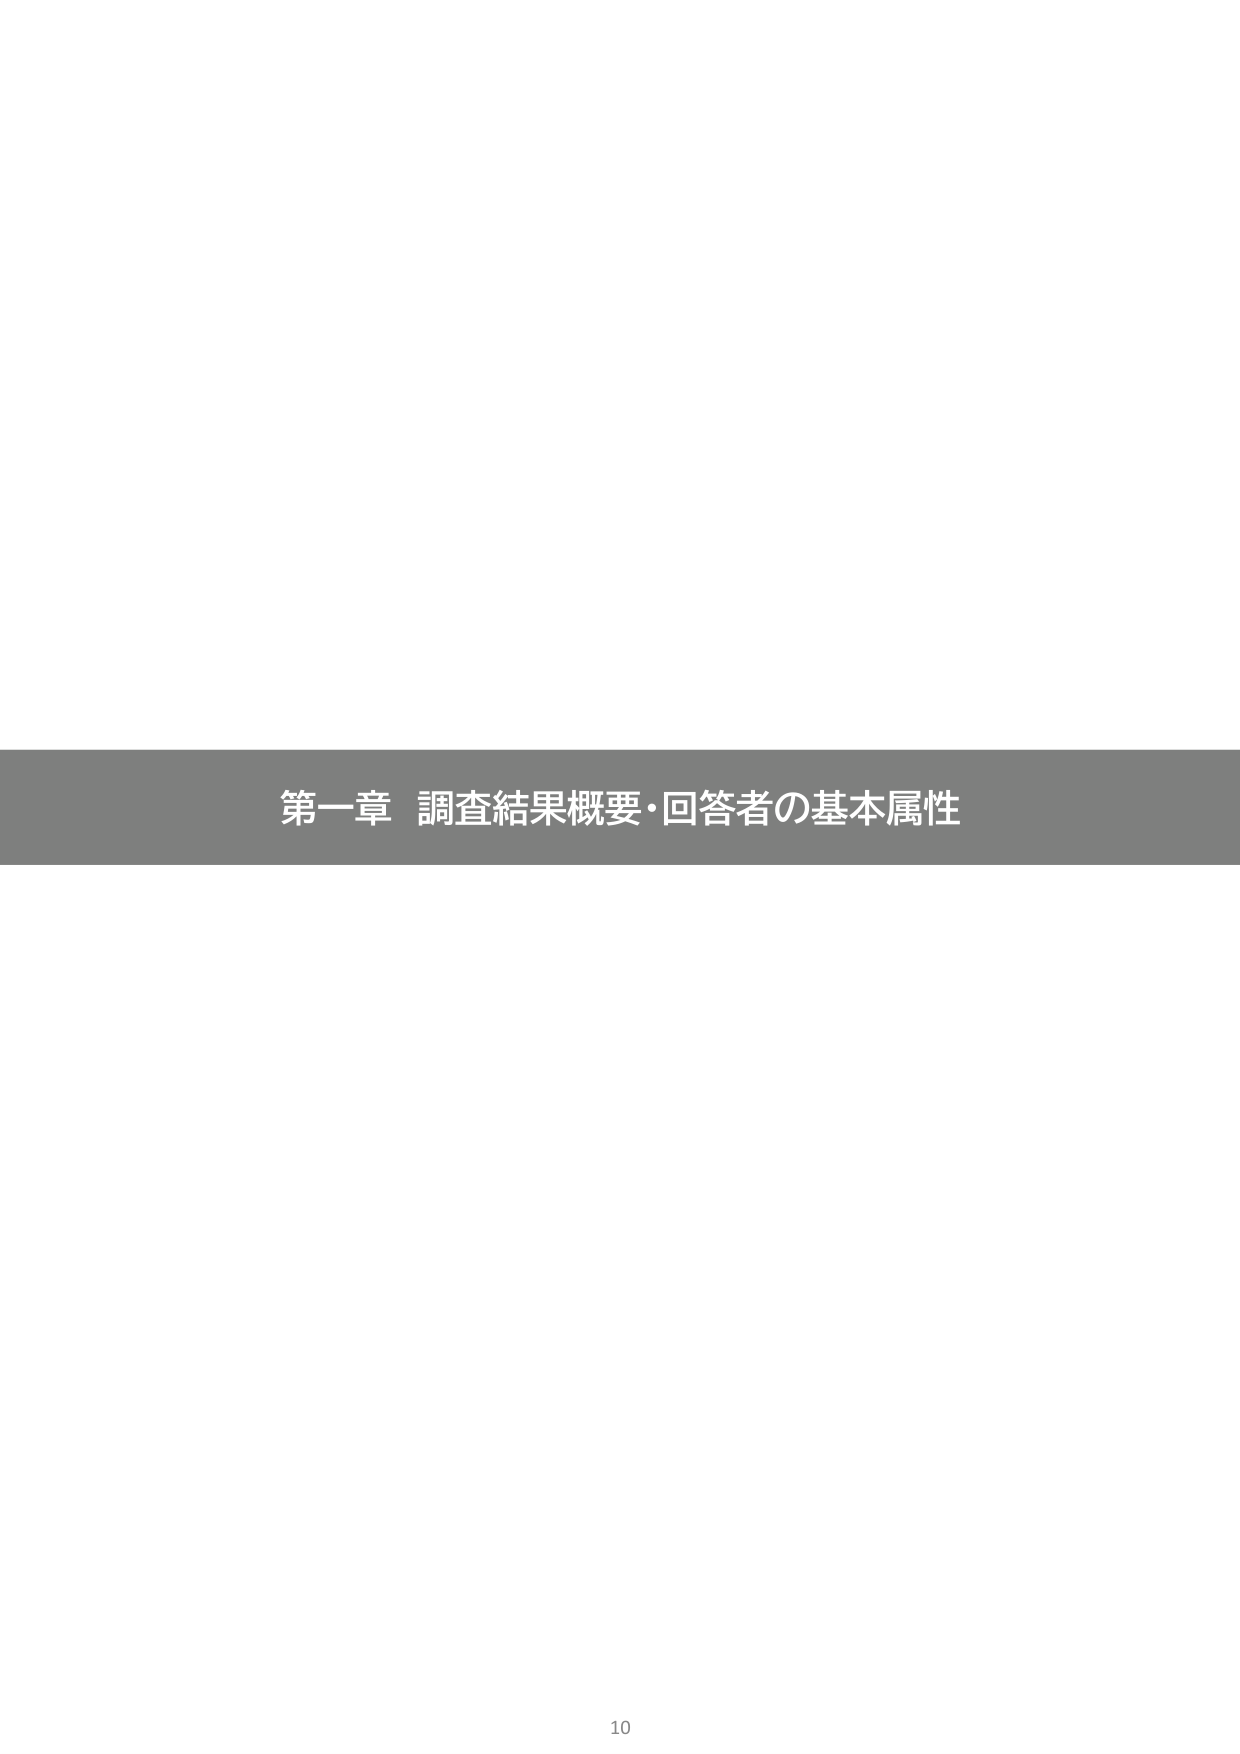
第一章 調査結果概要・回答者の基本属性
10